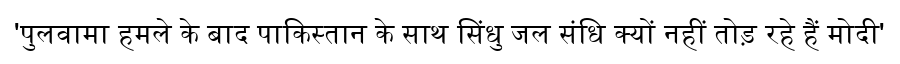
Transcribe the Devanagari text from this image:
'पुलवामा हमले के बाद पाकिस्तान के साथ सिंधु जल संधि क्यों नहीं तोड़ रहे हैं मोदी'